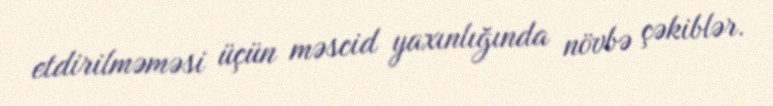
etdirilməməsi üçün məscid yaxınlığında növbə çəkiblər.